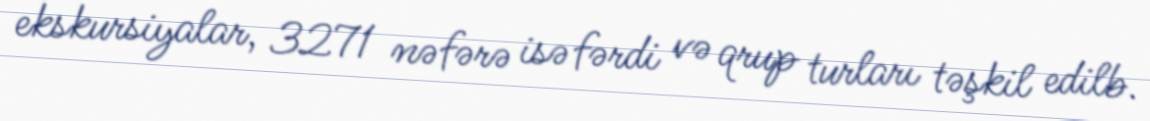
ekskursiyalar, 3271 nəfərə isə fərdi və qrup turları təşkil edilb.